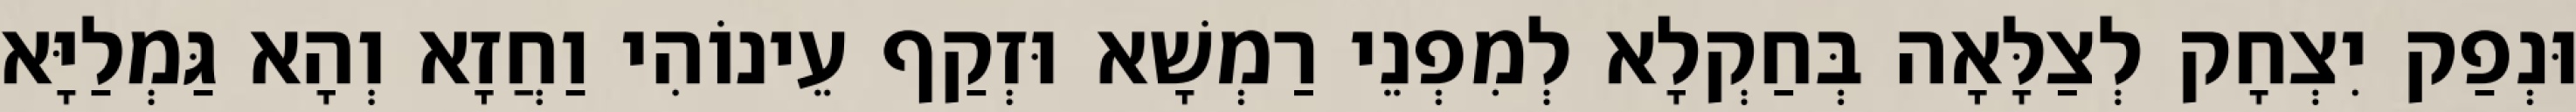
וּנְפַק יִצְחָק לְצַלָּאָה בְּחַקְלָא לְמִפְנֵי רַמְשָׁא וּזְקַף עֵינוֹהִי וַחֲזָא וְהָא גַּמְלַיָּא